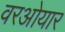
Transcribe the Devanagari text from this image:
वरओयार